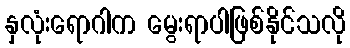
နှလုံးရောဂါက မွေးရာပါဖြစ်နိုင်သလို